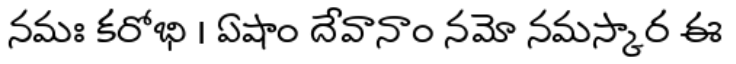
నమః కరోభి । ఏషాం దేవానాం నమో నమస్కార ఈ